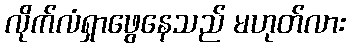
လိုက်လံရှာဖွေနေသည် မဟုတ်လား